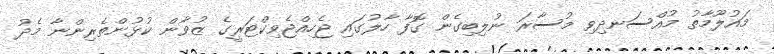
މައުލޫމާތު މުއްސަނދިވި މުސާރަ ނުލިބިގެން ގޮފާ ހާލުގައި ޖެހިއްޖެވިކްޓަރީގެ ޒުވާން ކުޅުންތެރިންނާ މެދު